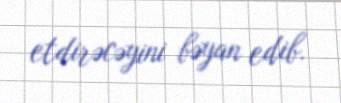
etdirəcəyini bəyan edib.